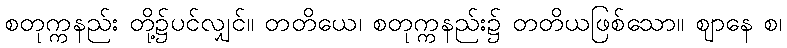
စတုက္ကနည်း တို့၌ပင်လျှင်။ တတိယေ၊ စတုက္ကနည်း၌ တတိယဖြစ်သော။ ဈာနေ စ၊